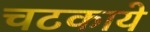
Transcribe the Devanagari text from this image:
चटकाये